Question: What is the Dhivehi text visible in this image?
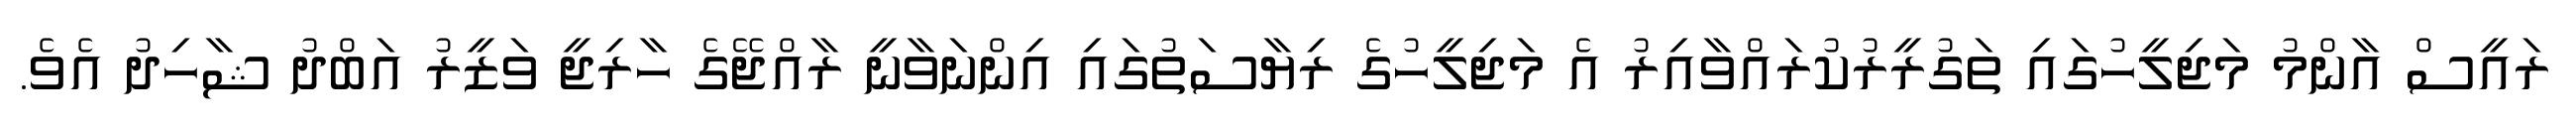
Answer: ރައީސް އާންމު މަޖިލީހުގައި ތަގުރީރުކުރައްވާއިރު އެ މަޖިލީހުގެ ރިޔާސަތުގައި އިންނަވާނީ ރާއްޖޭގެ ހާރިޖީ ވަޒީރު އަބްދު ޝާހިދު އެވެ.